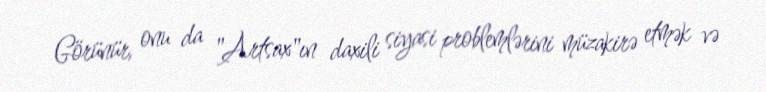
Görünür, onu da "Artsax"ın daxili siyasi problemlərini müzakirə etmək və